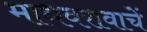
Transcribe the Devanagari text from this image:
माधवरावाचें